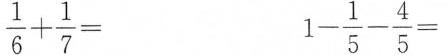
$$\frac{1}{6}+ \frac{1}{7}=$$ $$1- \frac{1}{5}- \frac{4}{5}=$$